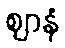
ဈာနံ